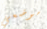
موضعي